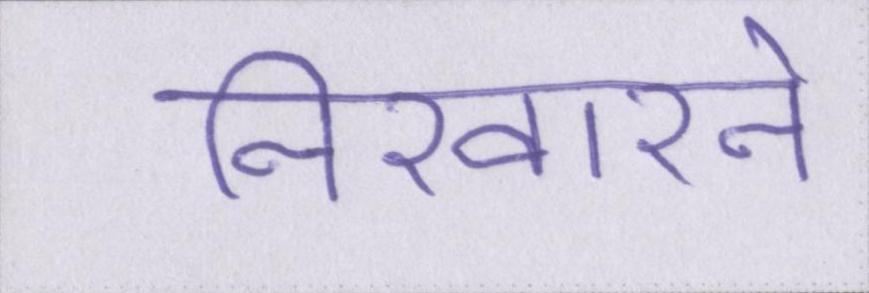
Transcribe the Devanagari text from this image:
निखारने